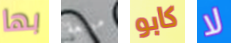
بها مولعة كابو لا